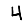
Digit: 4